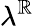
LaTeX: \lambda^{\mathbb{R}}